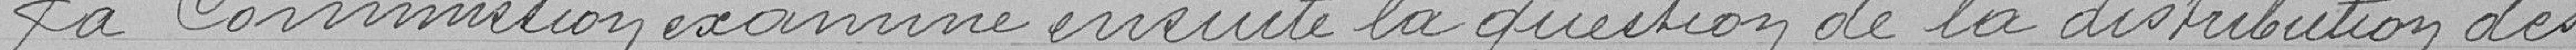
La Commission examine ensuite la question de la distribution des